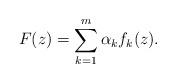
LaTeX: \begin{align*}F(z)=\sum_{k=1}^{m}\alpha_k f_k (z).\end{align*}